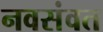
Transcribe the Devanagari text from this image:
नवसंवत